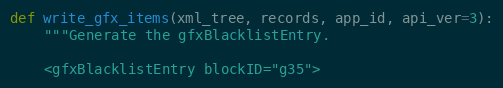
Language: Python
def write_gfx_items(xml_tree, records, app_id, api_ver=3):
    """Generate the gfxBlacklistEntry.

    <gfxBlacklistEntry blockID="g35">